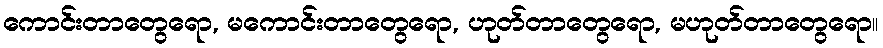
ကောင်းတာတွေရော, မကောင်းတာတွေရော, ဟုတ်တာတွေရော, မဟုတ်တာတွေရော။